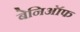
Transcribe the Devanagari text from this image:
बेनिऑफ